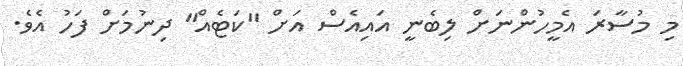
މި މުސާރަ އެމީހުންނަށް ލިބެނީ އައިއެސް އަށް "ކަޓެއް" ދިނުމަށް ފަހު އެވެ.